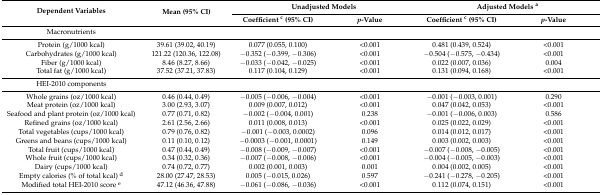
<table><thead><tr><td rowspan="2"><b>Dependent Variables</b></td><td rowspan="2"><b>Mean (95% CI)</b></td><td colspan="2"><b>Unadjusted Models</b></td><td colspan="2"><b>Adjusted Models <sup>a</sup></b></td></tr><tr><td><b>Coefficient <sup>c</sup> (95% CI)</b></td><td><b><i>p</i>-Value</b></td><td><b>Coefficient <sup>c</sup> (95% CI)</b></td><td><b><i>p</i>-Value</b></td></tr></thead><tbody><tr><td>Macronutrients</td><td></td><td></td><td></td><td></td><td></td></tr><tr><td>Protein (g/1000 kcal)</td><td>39.61 (39.02, 40.19)</td><td>0.077 (0.055, 0.100)</td><td>&lt;0.001</td><td>0.481 (0.439, 0.524)</td><td>&lt;0.001</td></tr><tr><td>Carbohydrates (g/1000 kcal)</td><td>121.22 (120.36, 122.08)</td><td>−0.352 (−0.399, −0.306)</td><td>&lt;0.001</td><td>−0.504 (−0.575, −0.434)</td><td>&lt;0.001</td></tr><tr><td>Fiber (g/1000 kcal)</td><td>8.46 (8.27, 8.66)</td><td>−0.033 (−0.042, −0.025)</td><td>&lt;0.001</td><td>0.022 (0.007, 0.036)</td><td>0.004</td></tr><tr><td>Total fat (g/1000 kcal)</td><td>37.52 (37.21, 37.83)</td><td>0.117 (0.104, 0.129)</td><td>&lt;0.001</td><td>0.131 (0.094, 0.168)</td><td>&lt;0.001</td></tr><tr><td>HEI-2010 components</td><td></td><td></td><td></td><td></td><td></td></tr><tr><td>Whole grains (oz/1000 kcal)</td><td>0.46 (0.44, 0.49)</td><td>−0.005 (−0.006, −0.004)</td><td>&lt;0.001</td><td>−0.001 (−0.003, 0.001)</td><td>0.290</td></tr><tr><td>Meat protein (oz/1000 kcal)</td><td>3.00 (2.93, 3.07)</td><td>0.009 (0.007, 0.012)</td><td>&lt;0.001</td><td>0.047 (0.042, 0.053)</td><td>&lt;0.001</td></tr><tr><td>Seafood and plant protein (oz/1000 kcal)</td><td>0.77 (0.71, 0.82)</td><td>−0.002 (−0.004, 0.001)</td><td>0.238</td><td>−0.001 (−0.006, 0.003)</td><td>0.586</td></tr><tr><td>Refined grains (oz/1000 kcal)</td><td>2.61 (2.56, 2.66)</td><td>0.011 (0.008, 0.013)</td><td>&lt;0.001</td><td>0.025 (0.022, 0.029)</td><td>&lt;0.001</td></tr><tr><td>Total vegetables (cups/1000 kcal)</td><td>0.79 (0.76, 0.82)</td><td>−0.001 (−0.003, 0.0002)</td><td>0.096</td><td>0.014 (0.012, 0.017)</td><td>&lt;0.001</td></tr><tr><td>Greens and beans (cups/1000 kcal)</td><td>0.11 (0.10, 0.12)</td><td>−0.0003 (−0.001, 0.0001)</td><td>0.149</td><td>0.003 (0.002, 0.003)</td><td>&lt;0.001</td></tr><tr><td>Total fruit (cups/1000 kcal)</td><td>0.47 (0.44, 0.49)</td><td>−0.008 (−0.009, −0.007)</td><td>&lt;0.001</td><td>−0.007 (−0.008, −0.005)</td><td>&lt;0.001</td></tr><tr><td>Whole fruit (cups/1000 kcal)</td><td>0.34 (0.32, 0.36)</td><td>−0.007 (−0.008, −0.006)</td><td>&lt;0.001</td><td>−0.004 (−0.005, −0.003)</td><td>&lt;0.001</td></tr><tr><td>Dairy (cups/1000 kcal)</td><td>0.74 (0.72, 0.77)</td><td>0.002 (0.001, 0.003)</td><td>0.001</td><td>0.004 (0.002, 0.005)</td><td>&lt;0.001</td></tr><tr><td>Empty calories (% of total kcal) <sup>d</sup></td><td>28.00 (27.47, 28.53)</td><td>0.005 (−0.015, 0.026)</td><td>0.597</td><td>−0.241 (−0.278, −0.205)</td><td>&lt;0.001</td></tr><tr><td>Modified total HEI-2010 score <sup>e</sup></td><td>47.12 (46.36, 47.88)</td><td>−0.061 (−0.086, −0.036)</td><td>&lt;0.001</td><td>0.112 (0.074, 0.151)</td><td>&lt;0.001</td></tr></tbody></table>